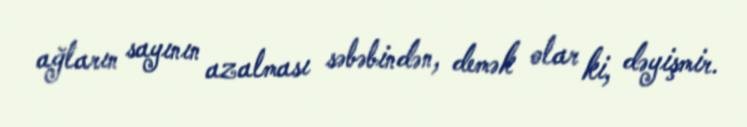
ağların sayının azalması səbəbindən, demək olar ki, dəyişmir.